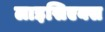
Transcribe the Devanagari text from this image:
लाइसिएक्स